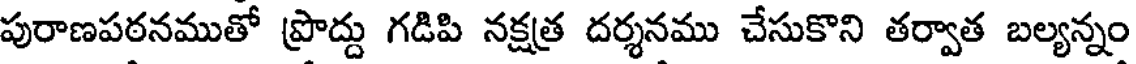
పురాణపఠనముతో ప్రొద్దు గడిపి నక్షత్ర దర్శనము చేసుకొని తర్వాత బల్యన్నం